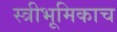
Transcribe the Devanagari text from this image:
स्त्रीभूमिकाच